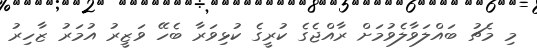
މި މެޗު ބައްލަވާލެވުމަށް ރާއްޖެގެ ކުރީގެ ކުޅިވަރާ ބެހޭ ވަޒީރު އުމަރު ޒާހިރު